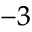
^ { - 3 }